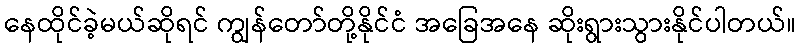
နေထိုင်ခဲ့မယ်ဆိုရင် ကျွန်တော်တို့နိုင်ငံ အခြေအနေ ဆိုးရွားသွားနိုင်ပါတယ်။